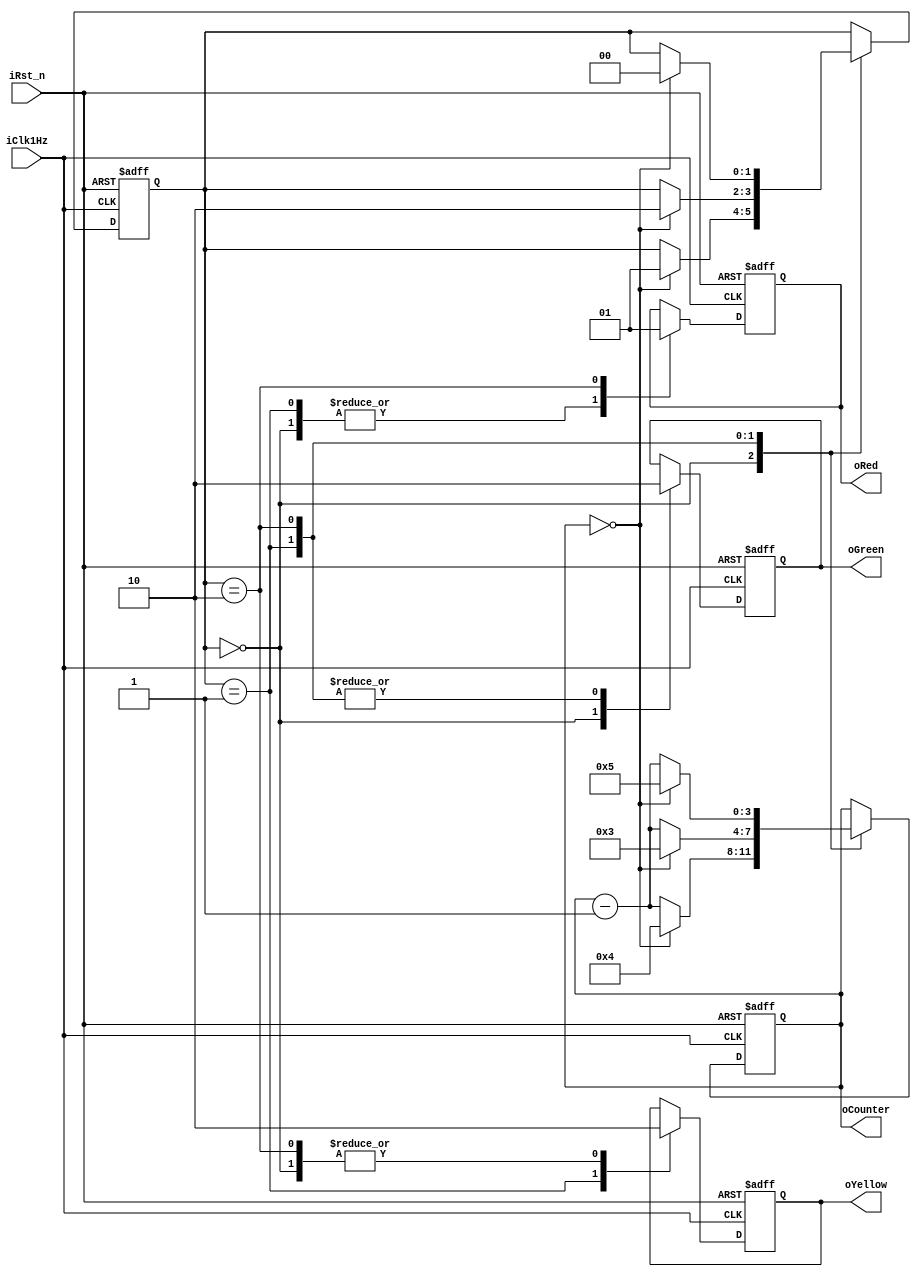
module StateCtrl(	
							iClk1Hz, 
							iRst_n, 
						/* export signals */
							oCounter,
							oGreen, 
							oYellow, 
							oRed
					 );
input						iClk1Hz;  /* 1Hz clock*/
input						iRst_n; 	 /* reset signal */

output  reg     [3:0]oCounter; /* counter value */
output  reg			   oGreen;	 /* Green Led signal */
output  reg			   oYellow;  /* Yellow Led signal */
output  reg			   oRed;     /* Red Led signal */

//reg	[1:0]          rCounter;
reg	[1:0]          rState;

always@(posedge iClk1Hz or negedge iRst_n) begin
    if(!iRst_n) begin
	     oCounter <= 5;
		  rState <= 0;
		  oGreen <= 0;  
		  oYellow <= 0;	  
		  oRed <= 0;
	 end else begin
		  oGreen <= oGreen;  
		  oYellow <= oYellow;	  
		  oRed <= oRed;
		  case(rState)
		      0: begin /* show green */
					 oGreen <= 1;
					 oYellow <= 0;
					 oRed <= 0;
                if(oCounter == 0) begin
					     oCounter <= 4; /* set count time */
			           rState <= 1; /* jump to yellow state */		 
					 end else begin
				 	     oCounter <= oCounter - 1;
					     rState <= rState;
					 end
				end
				1: begin
					 oYellow <= 1;
					 oRed <= 0;
					 oGreen <= 0;
                if(oCounter == 0) begin
					     oCounter <= 3; /* set count time */
			           rState <= 2;	/* jump to red state */	 
					 end else begin
				 	     oCounter <= oCounter - 1;
					     rState <= rState;
					 end				
				end
				2: begin
				    oRed <= 1;	
					 oGreen <= 0;	
					 oYellow <= 0;
                if(oCounter == 0) begin
					     oCounter <= 5; /* set count time */
			           rState <= 0; /* jump to green state */
					 end else begin
				 	     oCounter <= oCounter - 1;
					     rState <= rState;
					 end				
				end
		  endcase
	 end
end

endmodule